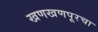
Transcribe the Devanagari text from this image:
खणखणपूरचा